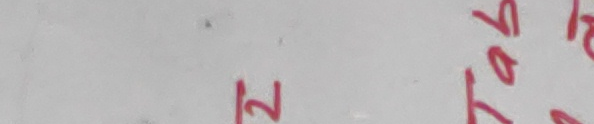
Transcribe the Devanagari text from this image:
१२ ५०४